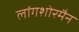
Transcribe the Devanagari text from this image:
लांगशोरमैन